Civil Veterinary Dept. Assam report 1927-50 - 1927-1950
Year: 1927
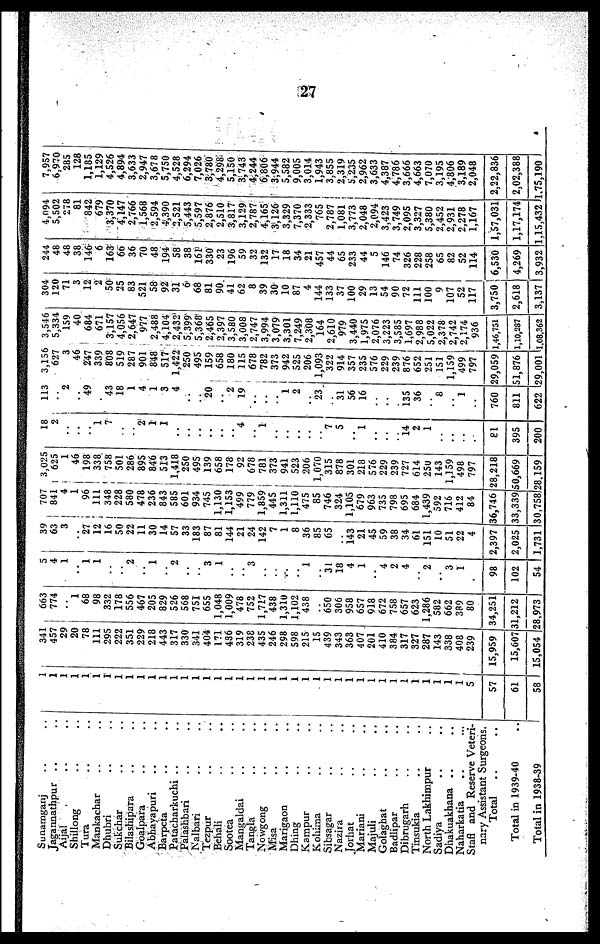
27
Sunamganj .. ..
Jagannathpur .. ..
Aijal .. ..
Shillong .. ..
Tura .. ..
Mankachar .. ..
Dhubri .. ..
Sukchar .. ..
Bilashipara .. ..
Goalpara .. ..
Abhayapuri .. ..
Barpeta .. ..
Patacharkuchi .. ..
Palashbari .. ..
Nalbari .. ..
Tezpur .. ..
Behali .. ..
Sootea .. ..
Mangaldai .. ..
Tangla .. ..
Nowgong .. ..
Misa .. ..
Marigaon .. ..
Dhing .. ..
Karapur .. ..
Kohima .. ..
Sibsagar .. ..
Nazira .. ..
Jorhat .. ..
Mariani .. ..
Majuli .. ..
Golaghat .. ..
Badlipar .. ..
Dibrugarh .. ..
Tinsukia .. ..
North Lakhimpur .. ..
Sadiya .. ..
Dhakuakhana .. ..
Naharkatia .. ..
Staff and Reserve Veteri-
nary Assistant Surgeons.
Total .. ..
Total in 1939-40 ..
Total in 1938-39
1
1
1
1
1
1
1
1
1
1
1
1
1
1
1
1
1
1
1
1
1
1
1
1
1
1
1
1
1
1
1
1
1
1
1
1
1
1
1
5
57
61
58
341
457 29
20
78
111
295
222
351
229
218
443
317
330
341
404
171
436
319
238
435
246
298
598
215
15
439
343
363
407
201
410
384
317
327
287
143
338
408
239
15,959
15,607
15,054
663
774
1
68
98
332
178
556
467
205
829
526
568
751
655
1,048
1,009
478
752
1,717
438
1,310
1,102
438
..
650
306
958
657
918
672
758
657
623
1,286
582
662
389
80
34,251
31,212
28,973
5
4
1
..
1
1
..
..
2
..
1
..
2
..
..
3
1
..
..
3
..
..
..
..
1
..
31
18
4
1
..
4
2
4
..
2
..
3
1
..
98
102
54
39
63
3
..
27
12
16
50
22
11
30
14
57
33
183
87
81
144
21
24
142
7
1
8
36
85
65
143
21
45
59
38
34
61
151
10
51
22
4
2,397
2,025
1,731
707
841
4
1
96
111
I 348
228
580
478
236
843
585
601
934
745
1,130
1,153
499
779
1,859
445
1,311
1,110
475
85
746
324
1,105
679
963
735
798
695
684
1,439
592
716
412
84
36,746
33,339
30,758
3,025
625
1
46
198
338
758
501
286
895
846
513
1,418
250
495
139
658
178
92
678
781
373
941
523
206
11,070
315
878
301
218
576
229
239
727
614
250
143
1,159
498
797
28,218
50,669
28,159
18
2
..
..
..
1
7
..
..
2
1
1
..
..
..
..
..
..
4
..
1
..
..
..
..
..
7
5
..
1
..
..
..
14
2
1
..
..
..
..
81
395
200
113
..
2
..
49
..
43
18
1
4
1
3
4
..
..
20
..
2
19
..
..
..
1
2
..
23
..
31
56
16
..
..
..
135
36
..
8
..
1
..
760
811
622
3,156
627
3
46
247
339
808
519
287
901
848
517
1,422
250
495
159
658
180
115
678
782
373
942
525
206
1,093
322
914
357
235
576
229
239
876
652
251
151
1,159
499
797
29,059
51,876
29,001
3,546
5,334
159
40
684
671
3,157
4,056
2,647
977
2,488
4,104
2,432
5,399
5,368
2,465
2,397
3,580
J 3,008
2,747
3,994
3,079
3,301
7,249
2,308
164
2,610
979
3,440
1,975
2,076
3,223
3,585
1,697
2,988
5,022
2,378
2,742
2 174
936
1,46,751
1,10,287
1,08,362
304
120
71
3
12
2
50
25
83
521
58
92
31
6
68
81
90
41
62
8
39
30
10
87
4
144
133
37
100
29
13
54
90
72
111
100
9
107
52
117
3,750
2,618
3,137
244
48
48
38
146
6
163
60
36
70
48
194
58
38
161
330
23
196
59
32
132
17
18
34
21
457
44
65
233
44
5
146
74
326
228
258
65
82
52
114
6,530
4,269
3,932
4,094
5,502
278
81
842
679
3,370
4,147
2,766
1,568
2,594
4,390
2,521
5,443
5,597
2,876
2,510
3,817
3,129
2,787
4,165
3,126
3,329
7,370
2,333
765
2,787
1,081
3,773
2,048
2,094
3,423
3,749
2,095
3,327
5,380
2,452
2,931
2,278
1,167
1,57,031
1,17,174
1,15,432
7,957
6,970
285
128
1,185
1,129
4,526
4,894
3,633
2,947
3,678
5,750
4,528
6,294
7,026
3,780
4,298
5,150
3,743
4,244
6,806
3,944
5,582
9,005
3,014
1,943
3,855
2,319
5,235
2,962
3,633
4,387
4,786
3,666
4,663
7,070
3,195
4,806
3,189
2,048
2,22,836
2,02,388
1,75,190